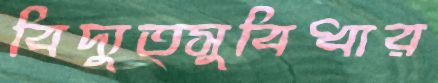
বিদ্যুত্সুবিধার